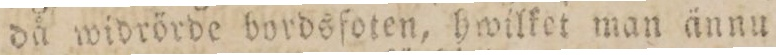
då widrörde bordsfoten, hwilket man ännu